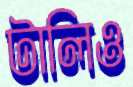
টালিও